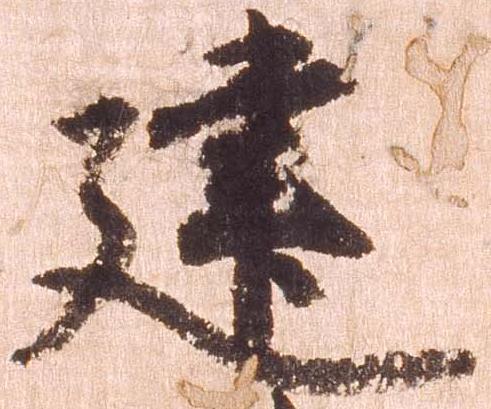
建